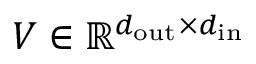
V \in \mathbb { R } ^ { d _ { \mathrm { o u t } } \times d _ { \mathrm { i n } } }